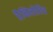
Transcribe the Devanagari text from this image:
डैनिलोविच